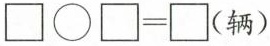
\square \bigcirc\square =\square（辆）